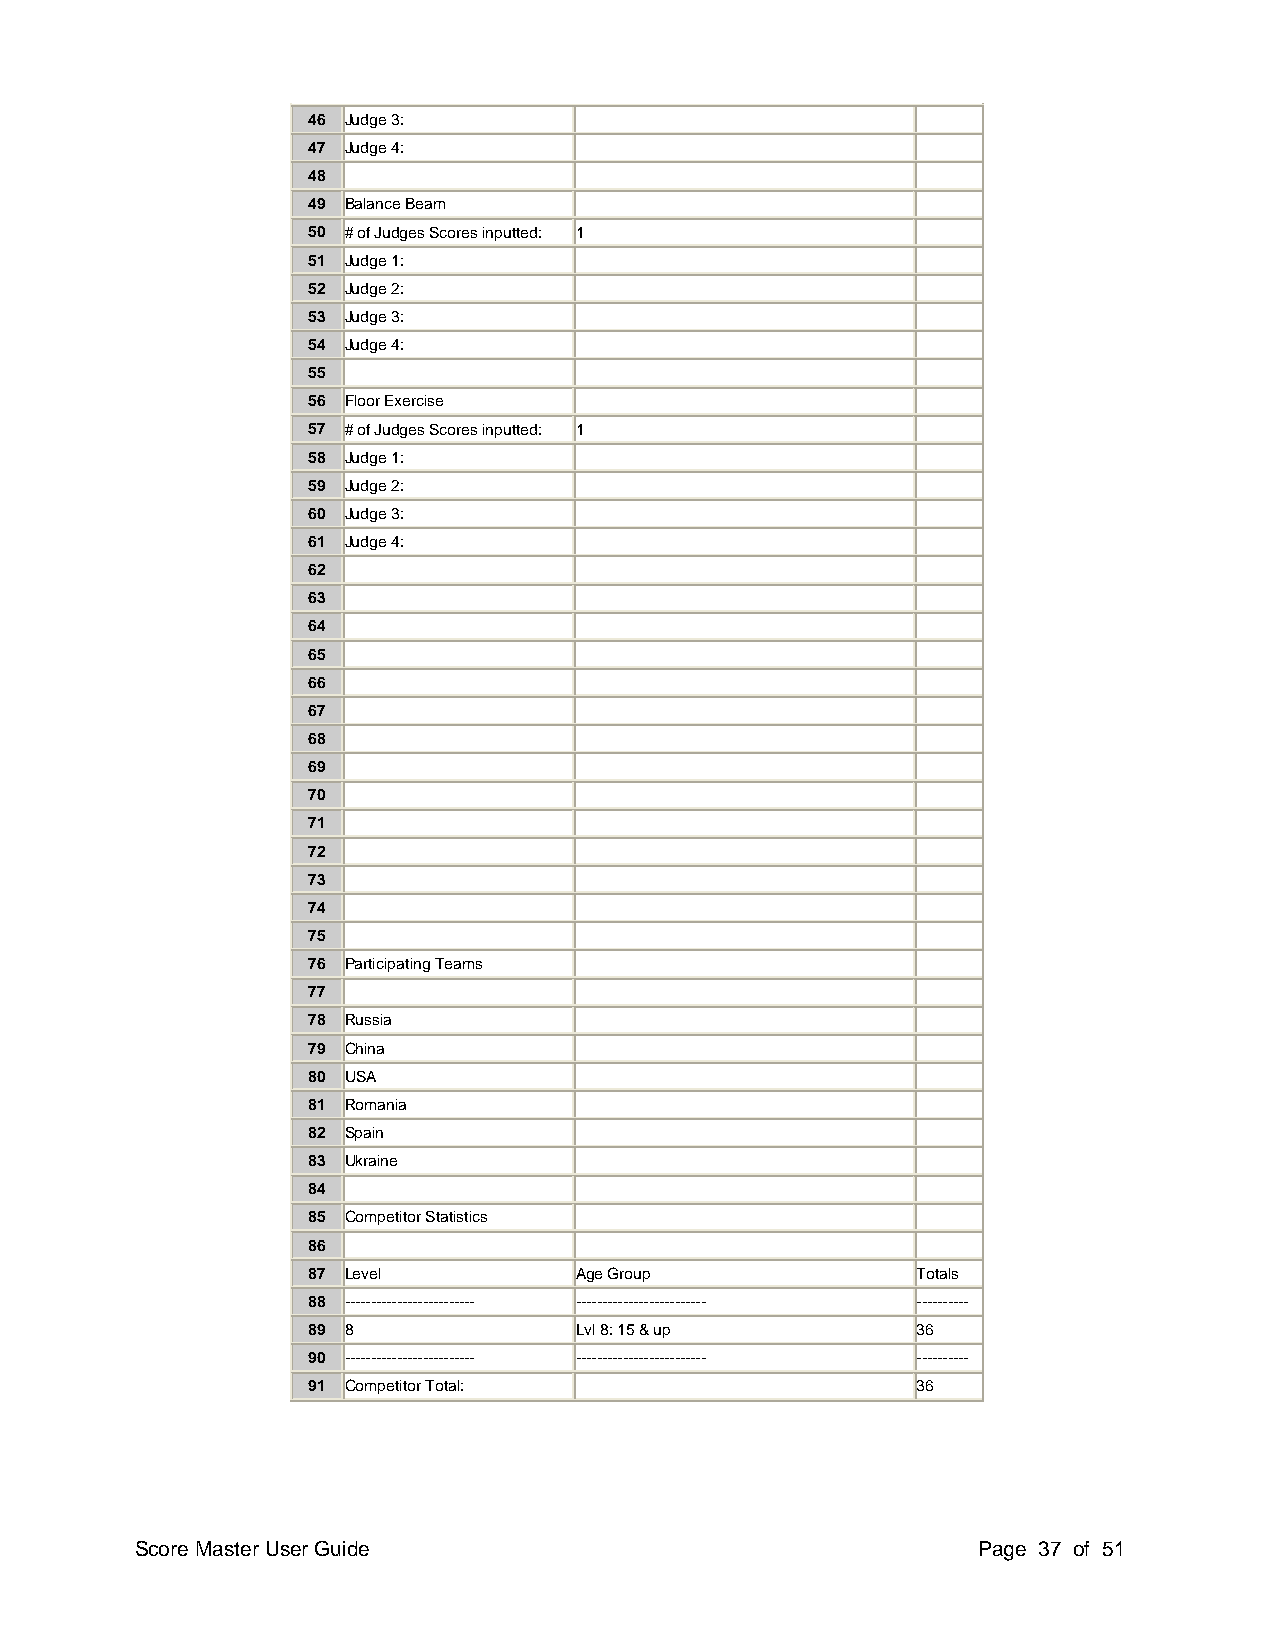
46 Judge 3:
 47 Judge 4:
 48
 49 Balance Beam
 50 # of Judges Scores inputted: 1
 51 Judge 1:
 52 Judge 2:
 53 Judge 3:
 54 Judge 4:
 55
 56 Floor Exercise
 57 # of Judges Scores inputted: 1
 58 Judge 1:
 59 Judge 2:
 60 Judge 3:
 61 Judge 4:
 62
 63
 64
 65
 66
 67
 68
 69
 70
 71
 72
 73
 74
 75
 76 Participating Teams
 77
 78 Russia
 79 China
 80 USA
 81 Romania
 82 Spain
 83 Ukraine
 84
 85 Competitor Statistics
 86
 87 Level          Age Group              Totals
 88 ------------------------- ------------------------- ----------
 89 8              Lvl 8: 15 & up         36
 90 ------------------------- ------------------------- ----------
 91 Competitor Total:                     36
 Score Master User Guide                                 Page 37 of 51